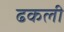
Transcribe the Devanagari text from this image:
ढकली